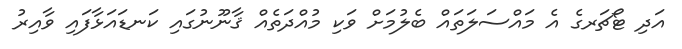
އަދި ޓޯޗަރގެ އެ މައްސަލަތައް ބެލުމަށް ވަކި މުއްދަތެއް ޤާނޫނުގައި ކަނޑައަޅާފައި ވާއިރު